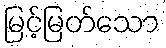
မြင့်မြတ်သော